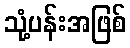
သုံ့ပန်းအဖြစ်